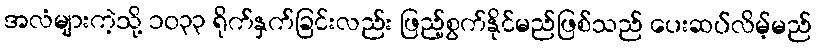
အလံများကဲ့သို့ ၁၀၃၃ ရိုက်နှက်ခြင်းလည်း ဖြည့်စွက်နိုင်မည်ဖြစ်သည် ပေးဆပ်လိမ့်မည်